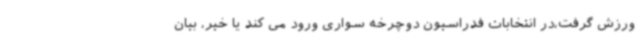
ورزش گرفت،در انتخابات فدراسیون دوچرخه سواری ورود می کند یا خیر، بیان